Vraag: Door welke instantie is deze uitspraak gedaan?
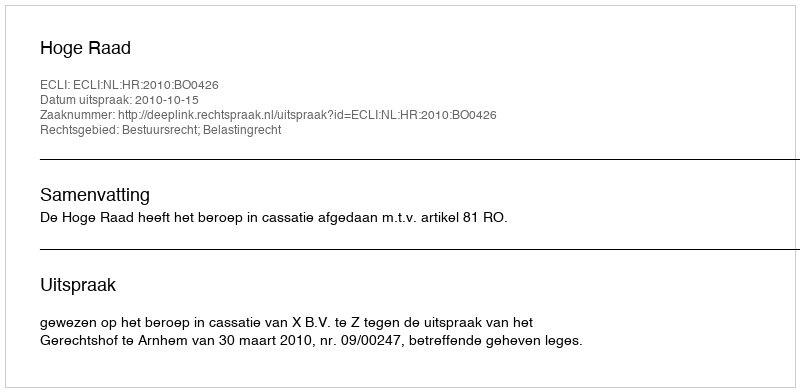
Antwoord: Hoge Raad